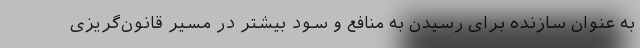
به عنوان سازنده برای رسیدن به منافع و سود بیشتر در مسیر قانون‌گریزی